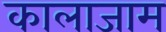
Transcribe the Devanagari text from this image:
कालाजाम